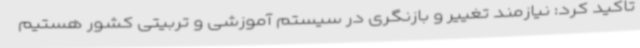
تاکید کرد: نیازمند تغییر و بازنگری در سیستم آموزشی و تربیتی کشور هستیم